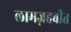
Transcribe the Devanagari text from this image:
लामज़हबीत